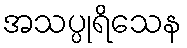
အသပ္ပုရိသေန